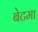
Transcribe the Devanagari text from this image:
बेटमा